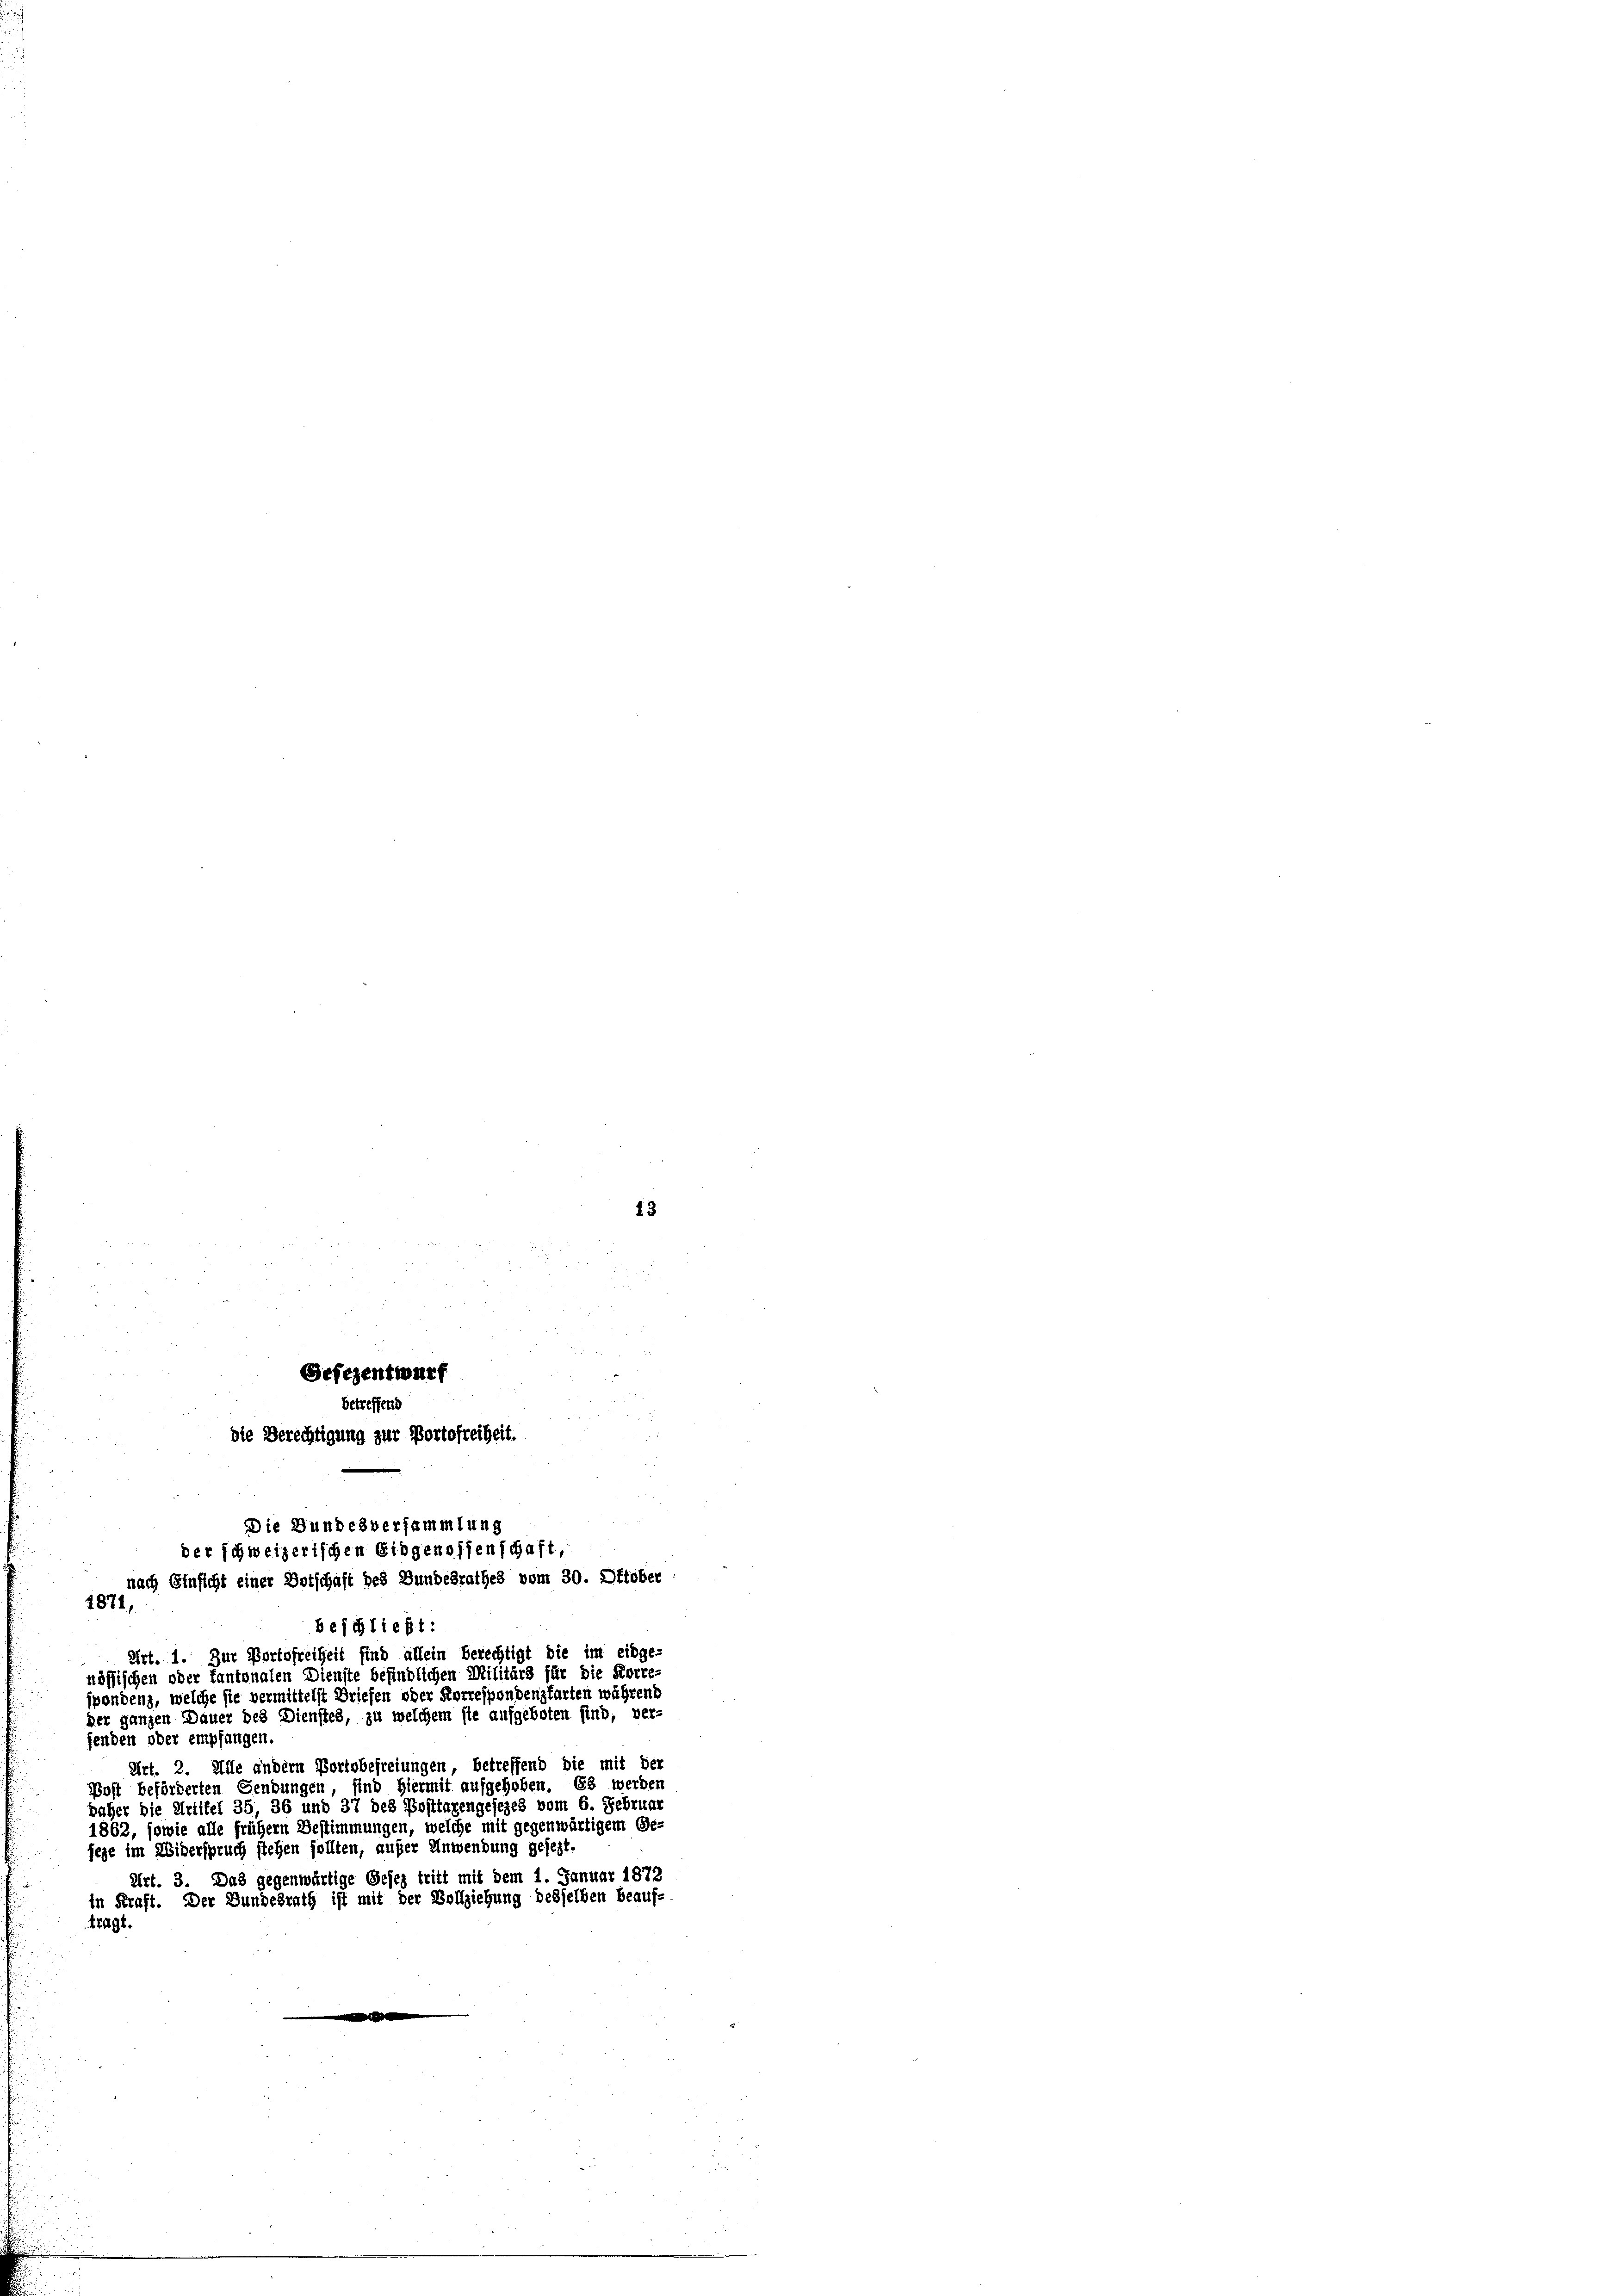
Gefezentwurf
Die Bundesversammlung
der schweizerischen Eidgenossenschaft,
1871,
beschließt:

13

u
 nach Einsicht einer Dotschaft des Bundesrathes vom 30. Oktober
Art. 1. Zur Bortofreiheit sind allein berechtigt die im eidge-
nössischen oder tantonalen Dienste befindlichen Militärs für die Korre
spondenz, welche sie vermittelst Briefen oder Korrespondenzfarten während
der ganzen Dauer des Dienstes, zu welchem sie aufgeboten sind, ver-
fenden oder empfangen
Art. 2. Alle andern Portobefreiungen, betreffend die mit der
Post beförderten Gendungen, sind hiermit aufgehoben. Es werden
baher die Artikel 35, 36 und 37 des Posttagengesezes vom 6. Februa
1862, sowie alle frühern Bestimmungen, welche mit gegenwärtigem Ge-
jege im Widerspruch stehen sollten, außer Anwendung gesezt.

betreffend

die Berechtigung zur Portofreiheit.

Art. 3. Das gegenwärtige Gesez tritt mit dem 1. Januar 1872
in Kraft. Der Bundesrath ist mit der Vollziehung desselben beauf¬
1291.
e